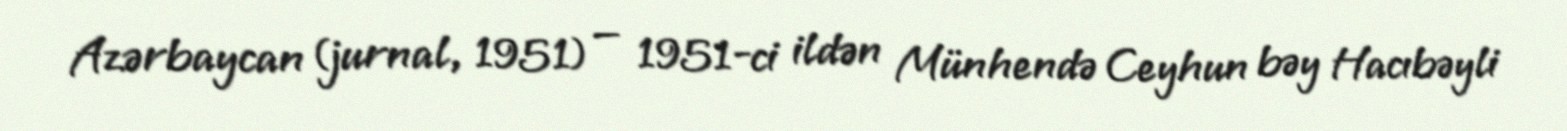
Azərbaycan (jurnal, 1951) — 1951-ci ildən Münhendə Ceyhun bəy Hacıbəyli